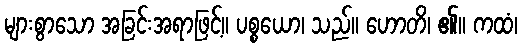
များစွာသော အခြင်းအရာဖြင့်။ ပစ္စယော၊ သည်။ ဟောတိ၊ ၏။ ကထံ၊